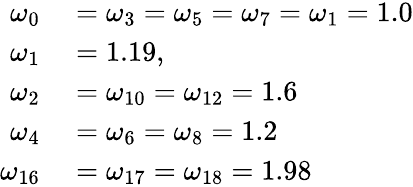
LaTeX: \begin{array}{rl}{\omega_{0}}&{{}=\omega_{3}=\omega_{5}=\omega_{7}=\omega_{1}=1.0}\\ {\omega_{1}}&{{}=1.19,}\\ {\omega_{2}}&{{}=\omega_{10}=\omega_{12}=1.6}\\ {\omega_{4}}&{{}=\omega_{6}=\omega_{8}=1.2}\\ {\omega_{16}}&{{}=\omega_{17}=\omega_{18}=1.98}\end{array}